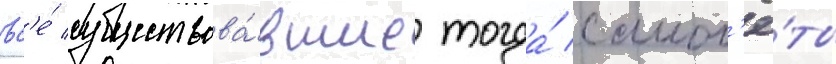
вс'е́ существова́вшие тогда́ самол'ё́ты